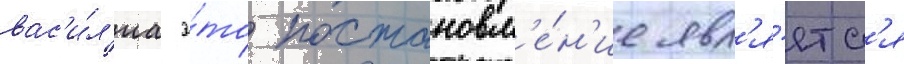
вас'и́л'иа э́то постановл'е́н'ие явл'я́етс'я